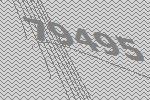
79495